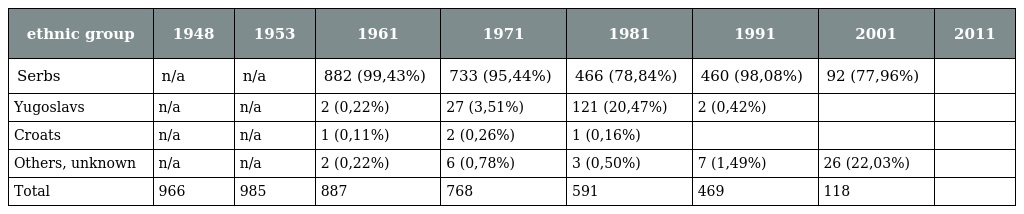
| ethnic group | 1948 | 1953 | 1961 | 1971 | 1981 | 1991 | 2001 | 2011 |
 | --- | --- | --- | --- | --- | --- | --- | --- | --- |
 | Serbs | n/a | n/a | 882 (99,43%) | 733 (95,44%) | 466 (78,84%) | 460 (98,08%) | 92 (77,96%) |  |
 | Yugoslavs | n/a | n/a | 2 (0,22%) | 27 (3,51%) | 121 (20,47%) | 2 (0,42%) |  |  |
 | Croats | n/a | n/a | 1 (0,11%) | 2 (0,26%) | 1 (0,16%) |  |  |  |
 | Others, unknown | n/a | n/a | 2 (0,22%) | 6 (0,78%) | 3 (0,50%) | 7 (1,49%) | 26 (22,03%) |  |
 | Total | 966 | 985 | 887 | 768 | 591 | 469 | 118 |  |